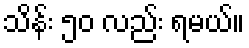
သိန်း ၅၀ လည်း ရမယ်။